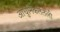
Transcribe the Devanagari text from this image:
आधुनिकतेतली